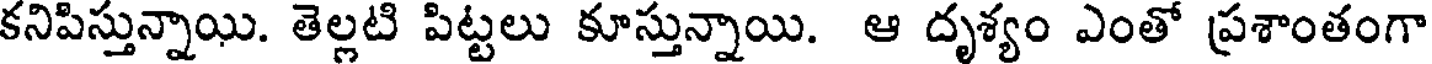
కనిపిస్తున్నాయి. తెల్లటి పిట్టలు కూస్తున్నాయి. ఆ దృశ్యం ఎంతో ప్రశాంతంగా